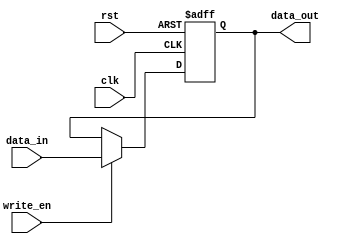
//=========================================================================
// Name & Email must be EXACTLY as in Gradescope roster!
// Name: Christopher Arellano
// 
// Assignment name: Lab 04
// Lab section: 021
// TA: Quan Fan
// 
// I hereby certify that I have not received assistance on this assignment,
// or used code, from ANY outside source other than the instruction team
// (apart from what was provided in the starter file).
//
//=========================================================================

`timescale 1ns / 1ps

module gen_register (clk, rst, write_en, data_in, data_out);

parameter WORD_SIZE = 32 ; 

input wire clk , rst, write_en ;
input wire [WORD_SIZE-1:0] data_in ; 
output reg [WORD_SIZE-1:0] data_out; 

always @(posedge rst or posedge clk )
begin 

	if (rst)  begin 
		data_out <= { WORD_SIZE {1'b0} };
	end 
	else if (clk) begin
	
		if ( write_en )  begin 
			data_out  <= data_in ; 
		end 		
	end 

end 

endmodule